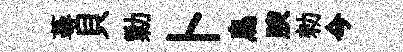
蕚貝勦卜鳥腴勑今